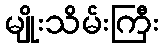
မျိုးသိမ်းကြီး